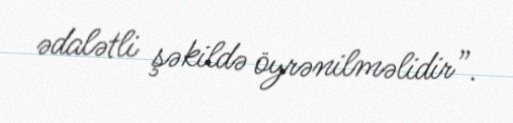
ədalətli şəkildə öyrənilməlidir”.